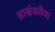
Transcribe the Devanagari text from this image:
हासंख्येया